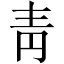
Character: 靑